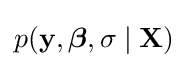
p(\mathbf {y} ,{\boldsymbol {\beta }},\sigma \mid \mathbf {X} )